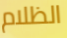
الظلام